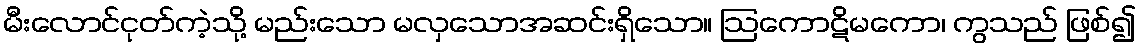
မီးလောင်ငုတ်ကဲ့သို့ မည်းသော မလှသောအဆင်းရှိသော။ ဩကောဋိမကော၊ ကွသည် ဖြစ်၍